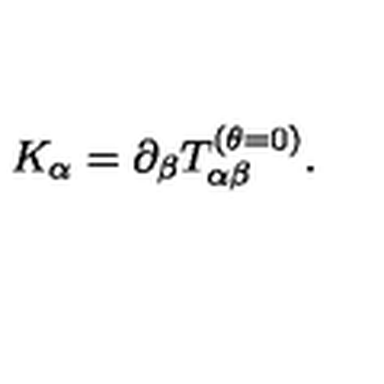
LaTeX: K _ { \alpha } = \partial _ { \beta } T _ { \alpha \beta } ^ { ( \theta = 0 ) } .